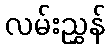
လမ်းညွှန်